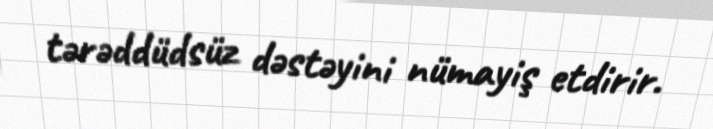
tərəddüdsüz dəstəyini nümayiş etdirir.